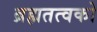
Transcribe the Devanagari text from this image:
ब्रह्मतत्वको